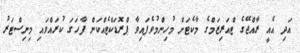
އަދި އެއީ ރާއްޖޭގެ ޓްއަރިޒަމްގެ މާކެޓަށް މުހިންމުވެފައިވާ ޕްރޮޑަކްޓެއްކަން ފާހަގަ ކުރައްވައި މިނިސްޓަރު